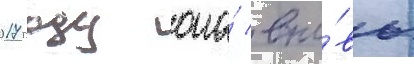
2017 году она́ вно́вь